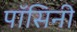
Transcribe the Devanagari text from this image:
पॉसिनी